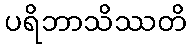
ပရိဘာသိဿတိ